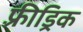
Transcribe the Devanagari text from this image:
फ़्रीड्रिक